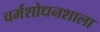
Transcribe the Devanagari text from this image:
चर्मशोधनशाला